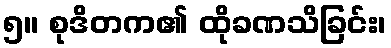
၅။ စုဒိတက၏ ထိုခဏသိခြင်း၊